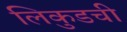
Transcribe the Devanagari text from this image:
लिकुडची